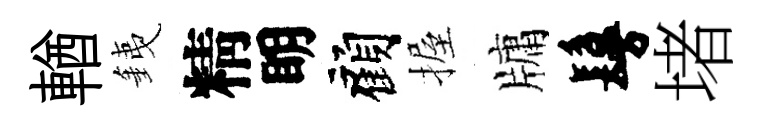
輶銕精眀顧握牗鬘堵